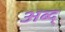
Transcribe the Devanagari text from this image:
अब्द्